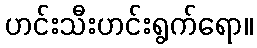
ဟင်းသီးဟင်းရွက်ရော။